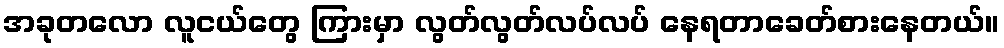
အခုတလော လူငယ်တွေ ကြားမှာ လွတ်လွတ်လပ်လပ် နေရတာခေတ်စားနေတယ်။